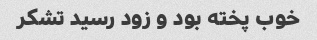
خوب پخته بود و زود رسید تشکر